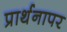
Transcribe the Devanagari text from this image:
प्रार्थनापर